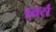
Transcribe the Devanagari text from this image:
इबर्स